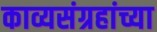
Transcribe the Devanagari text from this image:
काव्यसंग्रहांच्या